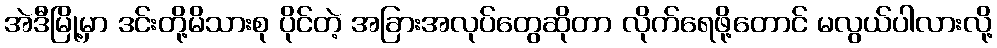
အဲဒီမြို့မှာ ဒင်းတို့မိသားစု ပိုင်တဲ့ အခြားအလုပ်တွေဆိုတာ လိုက်ရေဖို့တောင် မလွယ်ပါလားလို့